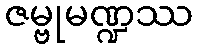
ဇမ္ဗုမဏ္ဍဿ